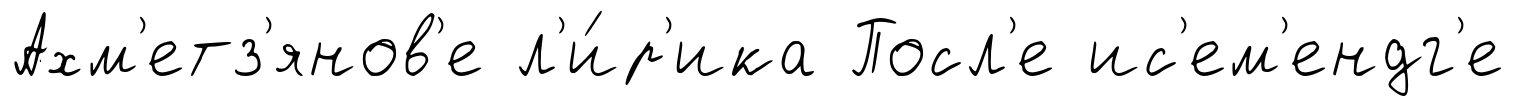
Ахм'етз'янов'е л'и́р'ика Посл'е ис'ем'ендг'е